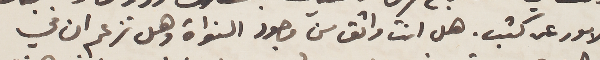
الامور عن كثب. هل انت واثق من وجود النواة وهل تزعم ان في